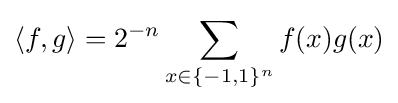
\langle f,g\rangle =2^{-n}\sum _{x\in \{-1,1\}^{n}}f(x)g(x)